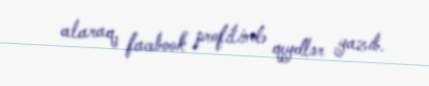
alaraq, facebook profilində qeydlər yazıb.